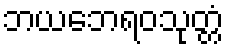
ဘယဘေရဝသုတ္တံ